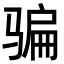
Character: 骗